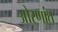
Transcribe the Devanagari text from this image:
ओरणांत